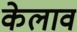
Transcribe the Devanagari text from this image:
केलाव